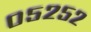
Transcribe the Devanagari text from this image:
०५२५२